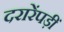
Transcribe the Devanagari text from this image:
दरारेंपड़ीं